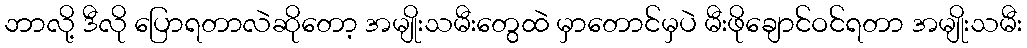
ဘာလို့ ဒီလို ပြောရတာလဲဆိုတော့ အမျိုးသမီးတွေထဲ မှာတောင်မှပဲ မီးဖိုချောင်ဝင်ရတာ အမျိုးသမီး